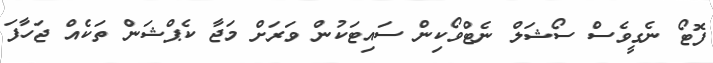
ފޮޓޯ ނެގީވެސް ސޯޝަލް ނެޓްވޯކިން ސައިޓަކުން ވަރަށް މަޖާ ކެޕްޝަން ތަކެއް ޖަހާފަ